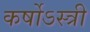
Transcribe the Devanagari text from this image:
कर्षोऽस्त्री